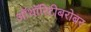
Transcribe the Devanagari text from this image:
ऑथॉरिटीबरोबर